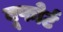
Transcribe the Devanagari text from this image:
बूफोर्ट